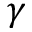
\gamma